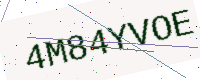
Text: 4M84YVOE